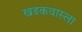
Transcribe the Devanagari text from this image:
खडकवास्ला